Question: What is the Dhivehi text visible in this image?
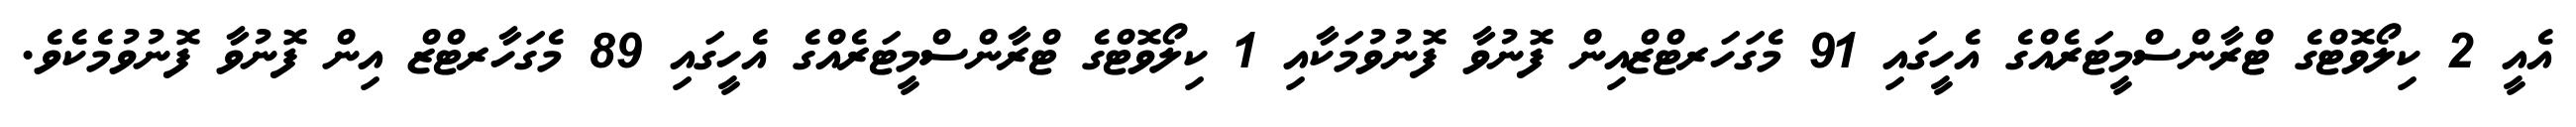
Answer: އެއީ 2 ކިލޯވޮޓްގެ ޓްރާންސްމީޓަރެއްގެ އެހީގައި 91 މެގަހަރޓްޒްއިން ފޮނުވާ ފޮނުވުމަކާއި 1 ކިލޯވޮޓްގެ ޓްރާންސްމީޓަރެއްގެ އެހީގައި 89 މެގަހާރޓްޒް އިން ފޮނުވާ ފޮނުވުމެކެވެ.